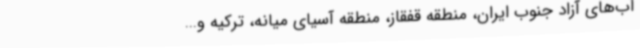
آب‌های آزاد جنوب ایران، منطقه قفقاز، منطقه آسیای میانه، ترکیه و...